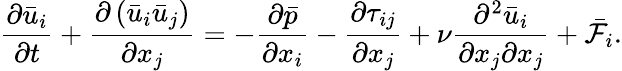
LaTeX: \frac{\partial{{{\bar{u}}}_{i}}}{\partial t}+\frac{\partial\left({{{\bar{u}}}_{i}}{{{\bar{u}}}_{j}}\right)}{\partial{{x}_{j}}}=-\frac{\partial\bar{p}}{\partial{{x}_{i}}}-\frac{\partial{{\tau}_{ij}}}{\partial{{x}_{j}}}+\nu\frac{{{\partial}^{2}}{{{\bar{u}}}_{i}}}{\partial{{x}_{j}}\partial{{x}_{j}}}+{{\bar{\mathcal{F}}}_{i}}.